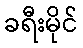
ခရီးမိုင်